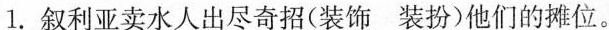
1.叙利亚卖水人出尽奇招(装饰装扮)他们的摊位。